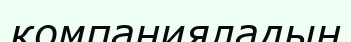
компанияладың